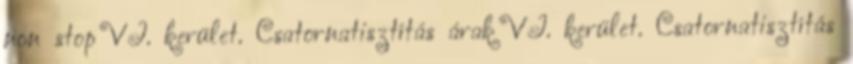
non stop VI. kerület. Csatornatisztítás árak VI. kerület. Csatornatisztítás